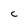
Character: c